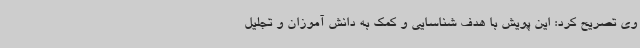
وی تصریح کرد: این پویش با هدف شناسایی و کمک به دانش آموزان و تجلیل